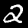
Label: 2